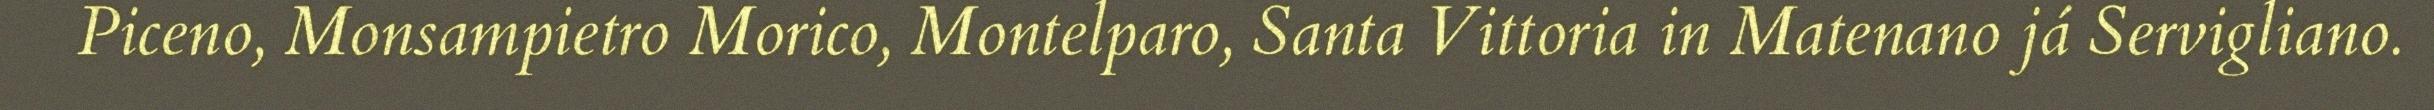
Piceno, Monsampietro Morico, Montelparo, Santa Vittoria in Matenano já Servigliano.